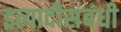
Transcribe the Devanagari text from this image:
इत्यादीसंबंधी